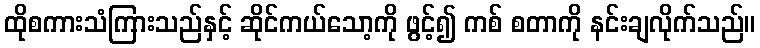
ထိုစကားသံကြားသည်နှင့် ဆိုင်ကယ်သော့ကို ဖွင့်၍ ကစ် စတာကို နင်းချလိုက်သည်။